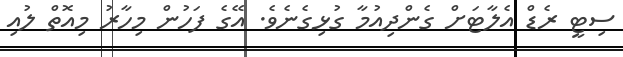
ސިޓީ ރެޑް އެލާޓަށް ގެންދިއުމާ ގުޅިގެނެވެ. އޭގެ ފަހުން މިހާރު މިއޮތް ލުއި